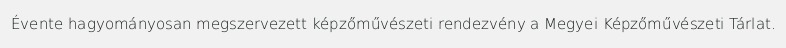
Évente hagyományosan megszervezett képzőművészeti rendezvény a Megyei Képzőművészeti Tárlat.